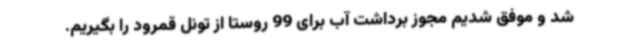
شد و موفق شدیم مجوز برداشت آب برای 99 روستا از تونل قمرود را بگیریم.